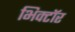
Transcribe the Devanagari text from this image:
भिक्टॉर